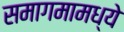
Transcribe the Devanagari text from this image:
समागमामध्ये